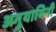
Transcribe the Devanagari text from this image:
अनुयायिनी